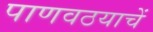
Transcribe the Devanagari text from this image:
पाणवठयाचें